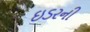
ઇડરની